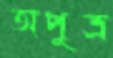
অপুত্র